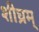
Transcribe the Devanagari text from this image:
शीघ्रम्